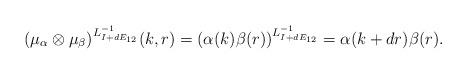
LaTeX: \begin{align*} (\mu_\alpha\otimes\mu_\beta)^{L^{-1}_{I+dE_{12}}}(k,r)=(\alpha(k)\beta(r))^{L^{-1}_{I+dE_{12}}}= \alpha(k+dr)\beta(r).\end{align*}